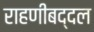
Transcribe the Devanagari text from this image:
राहणीबद्दल